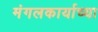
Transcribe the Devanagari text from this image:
मंगलकार्याच्या